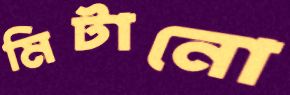
মিটানো